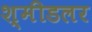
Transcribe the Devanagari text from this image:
श्मीडलर